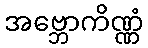
အဗ္ဘောကိဏ္ဏံ